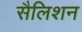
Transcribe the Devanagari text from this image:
सैलिशन